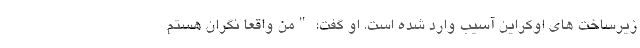
زیرساخت های اوکراین آسیب وارد شده است. او گفت: "من واقعا نگران هستم